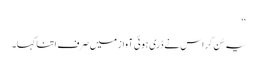
‘‘
یہ سُن کر اس نے ڈری ہوئی آواز میں صرف اتنا کہا۔